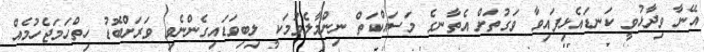
އޭނާ ވިދާޅުވީ ކަނޑައެޅިފައިވާ ވަގުތަށް އެތާނގެ މަސައްކަތް ނިންމާލެވުމަކީ ލިބިވަޑައިގެންނެވި ވަރަށްބޮޑު ހިތްހަމަޖެހުމެއް